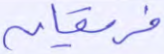
فريقان